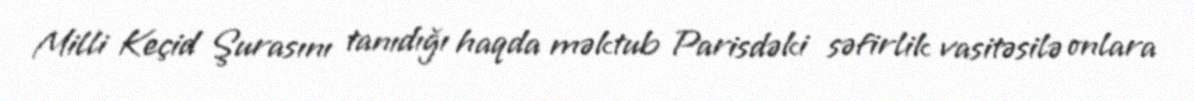
Milli Keçid Şurasını tanıdığı haqda məktub Parisdəki səfirlik vasitəsilə onlara